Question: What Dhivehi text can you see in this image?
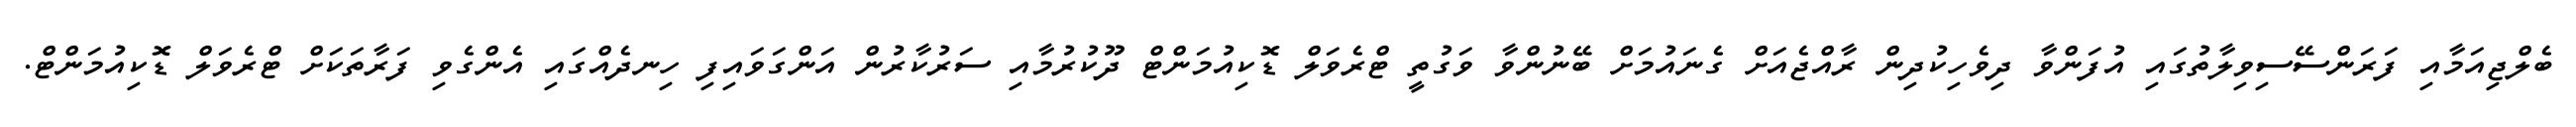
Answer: ބެލްޖިއަމާއި ފަރަންސޭސިވިލާތުގައި އުފަންވާ ދިވެހިކުދިން ރާއްޖެއަށް ގެނައުމަށް ބޭނުންވާ ވަގުތީ ޓްރެވަލް ޑޮކިއުމަންޓް ދޫކުރުމާއި ސަރުކާރުން އަންގަވައިފި ހިނދެއްގައި އެންގެވި ފަރާތަކަށް ޓްރެވަލް ޑޮކިއުމަންޓް.